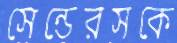
সেন্ডেরসকে